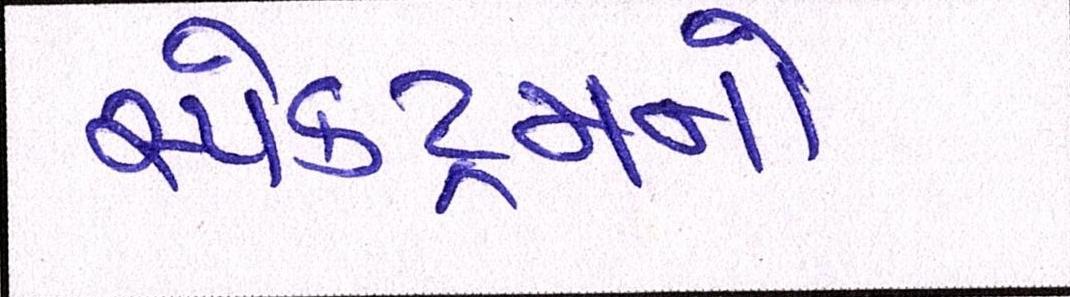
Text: સ્પેક્ટ્રમનો